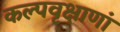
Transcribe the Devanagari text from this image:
कल्पवृक्षाणां